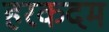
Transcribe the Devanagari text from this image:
हरकदम